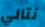
نتالي